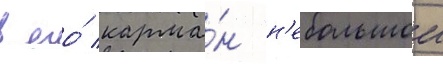
в его́ карма́н н'ебольшои